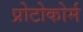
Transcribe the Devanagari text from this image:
प्रोटोकोर्म